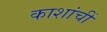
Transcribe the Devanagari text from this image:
काशांचीं